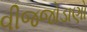
વીજજોડાણો